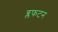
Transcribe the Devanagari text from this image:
ब्लफटन